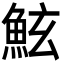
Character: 鮌